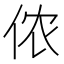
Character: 侬